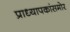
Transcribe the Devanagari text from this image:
प्राध्यापकांसमोर